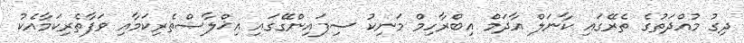
ދިގު މުއްދަތުގެ ތެރޭގައި ކާނަލް އާދަމް އިބްރާހިމް މަނިކު ސިފައިންގޭގައި އިޚްލާޞްތެރިކަމާއި ވަފާތެރިކަމާއެކު